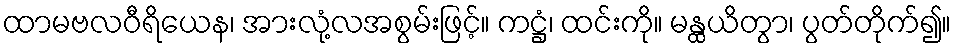
ထာမဗလဝီရိယေန၊ အားလုံ့လအစွမ်းဖြင့်။ ကဋ္ဌံ၊ ထင်းကို။ မန္ထယိတွာ၊ ပွတ်တိုက်၍။